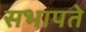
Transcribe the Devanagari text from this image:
सभापते